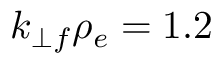
k _ { \perp f } \rho _ { e } = 1 . 2